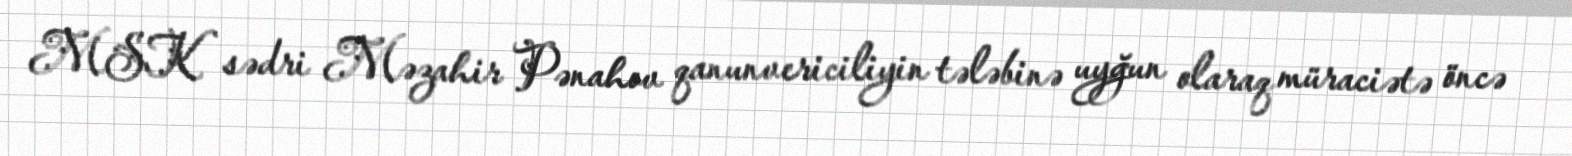
MSK sədri Məzahir Pənahov qanunvericiliyin tələbinə uyğun olaraq müraciətə öncə